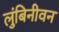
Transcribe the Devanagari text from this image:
लुंबिनीवन